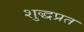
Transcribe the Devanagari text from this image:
शुद्धप्रत